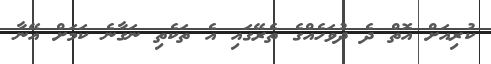
ކުރިއަށް އޮތް ދެ ދުވަހެއްގެ ތެރޭގައި އެ ތަކެތި ނަގާނެ ކަމަށް އޭނާ